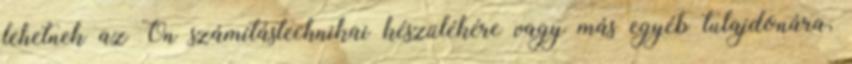
lehetnek az Ön számítástechnikai készülékére vagy más egyéb tulajdonára,